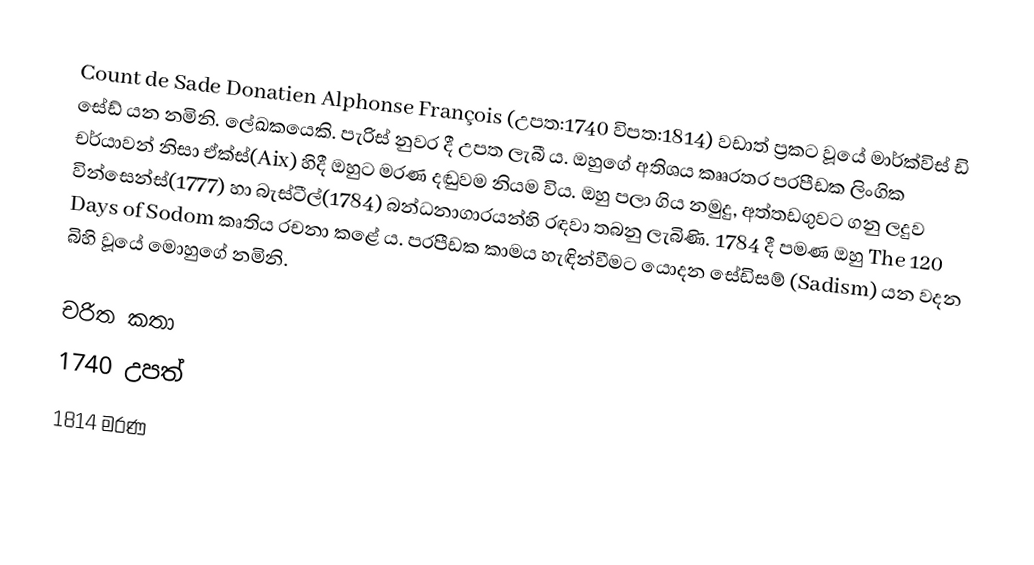
Count de Sade Donatien Alphonse François (උපත:1740 විපත:1814​) වඩාත් ප්‍රකට වූයේ මාර්ක්විස් ඩි සේඩ් යන​ නමිනි. ලේඛකයෙකි. පැරිස් නුවර දී උපත ලැබී ය​. ඔහුගේ අතිශය කෲරතර පරපීඩක ලිංගික චර්යාවන් නිසා ඒක්ස්(Aix) හිදී ඔහුට මරණ දඬුවම නියම විය​. ඔහු පලා ගිය නමුදු, අත්තඩගුවට ගනු ලදුව වින්සෙන්ස්(1777) හා බැස්ටීල්(1784) බන්ධනාගාරයන්හි රඳවා තබනු ලැබිණි. 1784 දී පමණ ඔහු The 120 Days of Sodom කෘතිය රචනා කළේ ය​. ‎පරපීඩක කාමය හැඳින්වීමට යොදන සේඩිසම් (Sadism) යන වදන බිහි වූයේ මොහුගේ නමිනි.

චරිත කතා
1740 උපත්
1814 මරණ